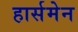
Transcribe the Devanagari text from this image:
हार्समेन